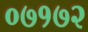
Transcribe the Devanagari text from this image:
०७१७२